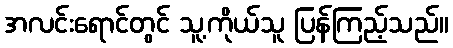
အလင်းရောင်တွင် သူ့ကိုယ်သူ ပြန်ကြည့်သည်။